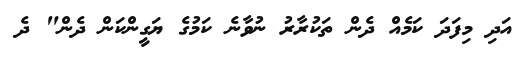
އަދި މިފަދަ ކަމެއް ދެން ތަކުރާރު ނުވާނެ ކަމުގެ ޔަގީންކަން ދެން" ދެ